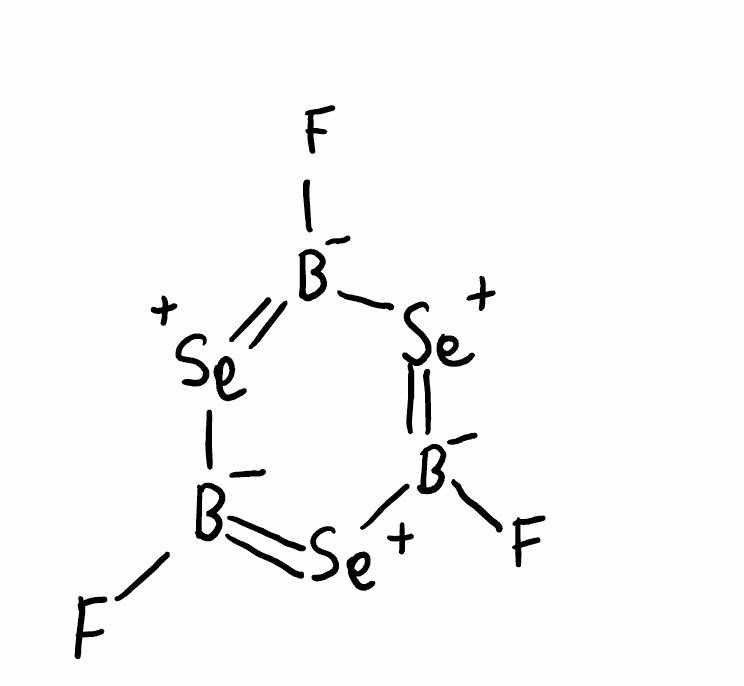
Simplified molecular-input line-entry system (SMILES) notation of the given molecule:
[B-]1(=[Se+][B-](=[Se+][B-](=[Se+]1)F)F)F